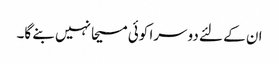
ان کے لئے دوسرا کوئی مسیحا نہیں بنے گا۔